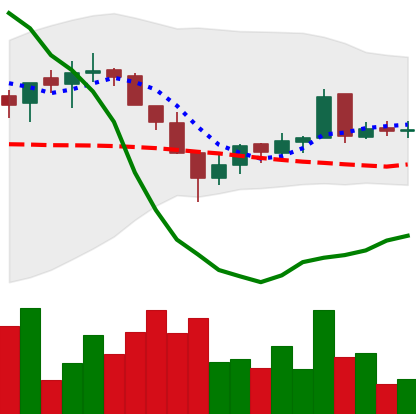
Ticker: LTC-USD
Chart end date: 2016-03-15
Forward return: -3.032%
Label: down_3_5